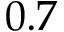
0 . 7